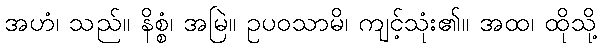
အဟံ၊ သည်။ နိစ္စံ၊ အမြဲ။ ဥပဝသာမိ၊ ကျင့်သုံး၏။ အထ၊ ထိုသို့